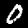
Label: 0